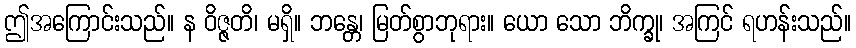
ဤအကြောင်းသည်။ န ဝိဇ္ဇတိ၊ မရှိ။ ဘန္တေ၊ မြတ်စွာဘုရား။ ယော သော ဘိက္ခု၊ အကြင် ရဟန်းသည်။